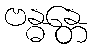
ဗန္ဓန္တေ